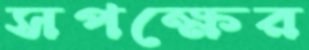
সপক্ষের